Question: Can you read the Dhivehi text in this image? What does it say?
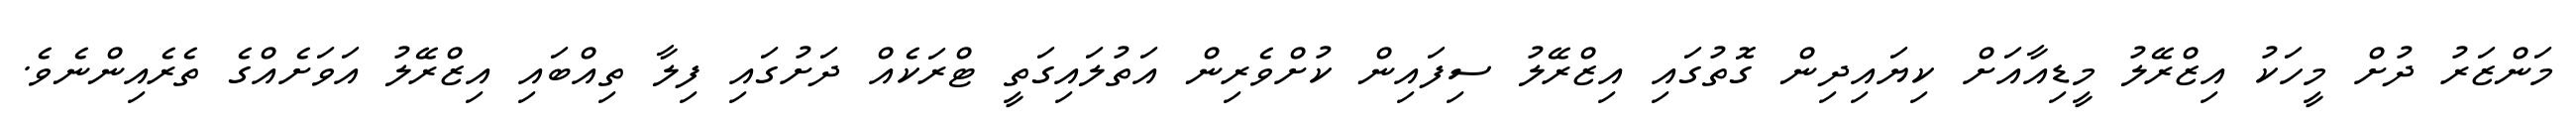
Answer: މަންޒަރު ދުށް މީހަކު އިޒްރޭލު މީޑިއާއަށް ކިޔައިދިން ގޮތުގައި އިޒްރޭލު ސިފައިން ކުށްވެރިން އަތުލައިގަތީ ޓްރަކެއް ދަށުގައި ފިލާ ތިއްބައި އިޒްރޭލު އަވަށެއްގެ ތެރެއިންނެވެ.